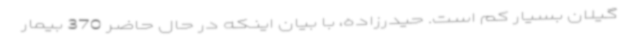
گیلان بسیار کم است. حیدرزاده، با بیان اینکه در حال حاضر 370 بیمار